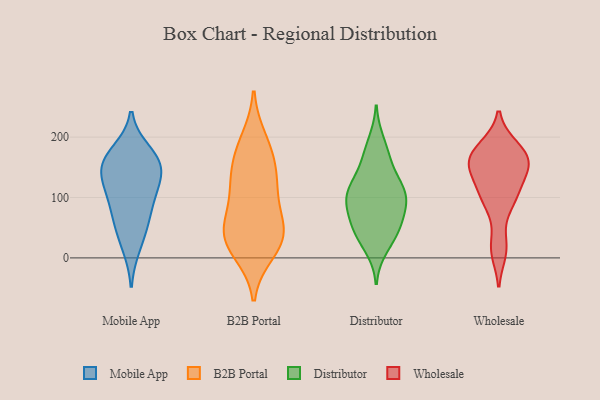
{"axis": {"x": "Website Visitors", "y": "Value"}, "legend": ["B2B Portal", "Distributor", "Mobile App", "Wholesale"], "data": [{"x": "", "y": 154, "type": "Mobile App"}, {"x": "", "y": 153, "type": "Mobile App"}, {"x": "", "y": 54, "type": "Mobile App"}, {"x": "", "y": 145, "type": "Mobile App"}, {"x": "", "y": 99, "type": "Mobile App"}, {"x": "", "y": 124, "type": "Mobile App"}, {"x": "", "y": 102, "type": "Mobile App"}, {"x": "", "y": 19, "type": "Mobile App"}, {"x": "", "y": 163, "type": "Mobile App"}, {"x": "", "y": 175, "type": "Mobile App"}, {"x": "", "y": 64, "type": "Mobile App"}, {"x": "", "y": 43, "type": "B2B Portal"}, {"x": "", "y": 26, "type": "B2B Portal"}, {"x": "", "y": 33, "type": "B2B Portal"}, {"x": "", "y": 125, "type": "B2B Portal"}, {"x": "", "y": 175, "type": "B2B Portal"}, {"x": "", "y": 194, "type": "B2B Portal"}, {"x": "", "y": 156, "type": "B2B Portal"}, {"x": "", "y": 53, "type": "B2B Portal"}, {"x": "", "y": 101, "type": "B2B Portal"}, {"x": "", "y": 119, "type": "B2B Portal"}, {"x": "", "y": 11, "type": "B2B Portal"}, {"x": "", "y": 44, "type": "B2B Portal"}, {"x": "", "y": 42, "type": "Distributor"}, {"x": "", "y": 41, "type": "Distributor"}, {"x": "", "y": 63, "type": "Distributor"}, {"x": "", "y": 159, "type": "Distributor"}, {"x": "", "y": 108, "type": "Distributor"}, {"x": "", "y": 113, "type": "Distributor"}, {"x": "", "y": 44, "type": "Distributor"}, {"x": "", "y": 98, "type": "Distributor"}, {"x": "", "y": 71, "type": "Distributor"}, {"x": "", "y": 17, "type": "Distributor"}, {"x": "", "y": 86, "type": "Distributor"}, {"x": "", "y": 128, "type": "Distributor"}, {"x": "", "y": 105, "type": "Distributor"}, {"x": "", "y": 192, "type": "Distributor"}, {"x": "", "y": 168, "type": "Distributor"}, {"x": "", "y": 106, "type": "Distributor"}, {"x": "", "y": 92, "type": "Wholesale"}, {"x": "", "y": 183, "type": "Wholesale"}, {"x": "", "y": 184, "type": "Wholesale"}, {"x": "", "y": 144, "type": "Wholesale"}, {"x": "", "y": 20, "type": "Wholesale"}, {"x": "", "y": 100, "type": "Wholesale"}, {"x": "", "y": 153, "type": "Wholesale"}, {"x": "", "y": 157, "type": "Wholesale"}, {"x": "", "y": 171, "type": "Wholesale"}, {"x": "", "y": 154, "type": "Wholesale"}, {"x": "", "y": 11, "type": "Wholesale"}, {"x": "", "y": 98, "type": "Wholesale"}, {"x": "", "y": 161, "type": "Wholesale"}, {"x": "", "y": 120, "type": "Wholesale"}]}